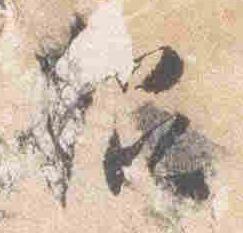
招